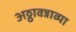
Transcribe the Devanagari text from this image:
अठ्ठावन्नाव्या